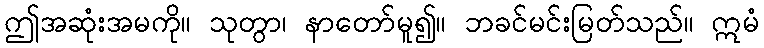
ဤအဆုံးအမကို။ သုတွာ၊ နာတော်မူ၍။ ဘခင်မင်းမြတ်သည်။ ဣမံ